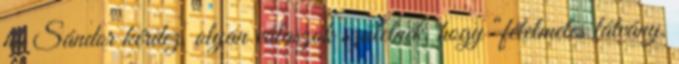
ha Sándor kérdez, olyan válaszok születnek, hogy “félelmetes látvány,